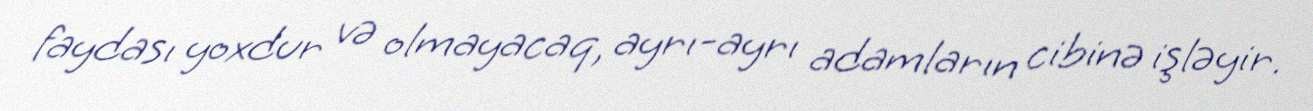
faydası yoxdur və olmayacaq, ayrı-ayrı adamların cibinə işləyir.